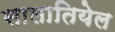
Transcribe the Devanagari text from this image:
सालातियेल